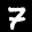
Label: 7